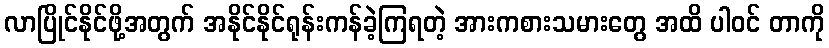
လာပြိုင်နိုင်ဖို့အတွက် အနိုင်နိုင်ရုန်းကန်ခဲ့ကြရတဲ့ အားကစားသမားတွေ အထိ ပါဝင် တာကို